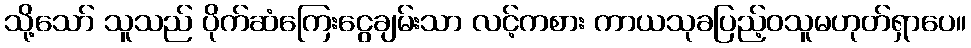
သို့သော် သူသည် ပိုက်ဆံကြေးငွေချမ်းသာ လင့်ကစား ကာယသုခပြည့်ဝသူမဟုတ်ရှာပေ။